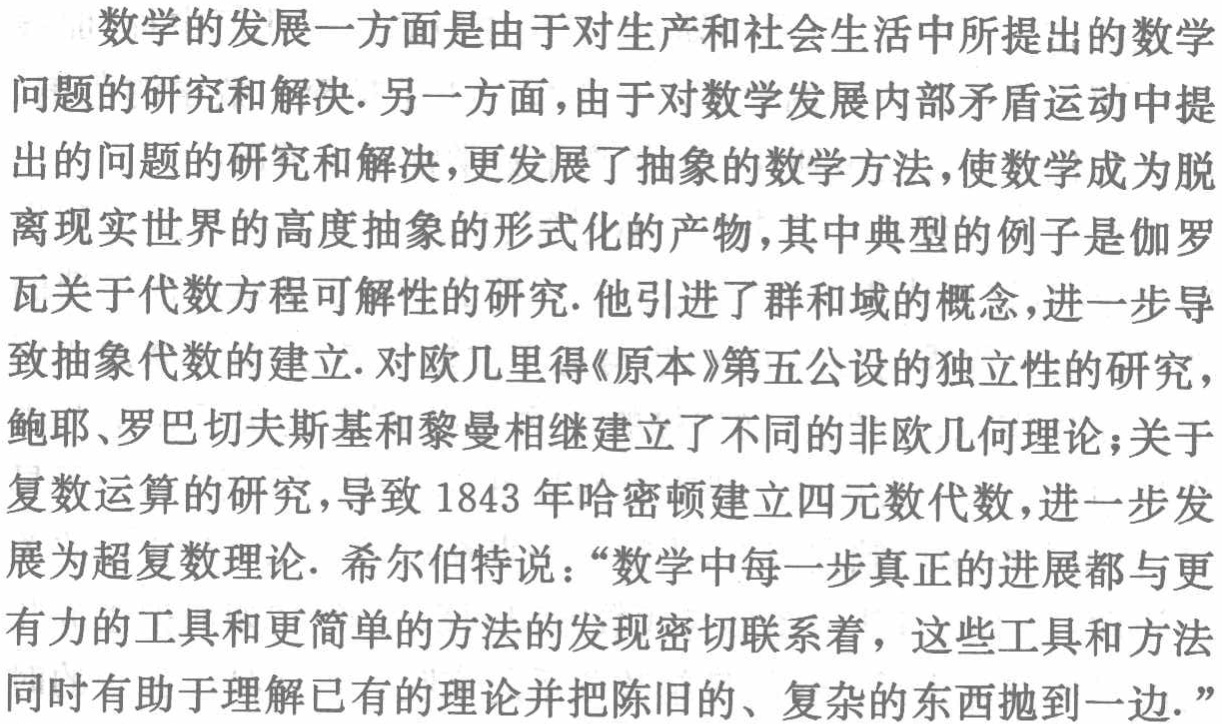
数学的发展一方面是由于对生产和社会生活中所提出的数学问题的研究和解决. 另一方面，由于对数学发展内部矛盾运动中提出的问题的研究和解决，更发展了抽象的数学方法，使数学成为脱离现实世界的高度抽象的形式化的产物，其中典型的例子是伽罗瓦关于代数方程可解性的研究. 他引进了群和域的概念，进一步导致抽象代数的建立. 对欧几里得《原本》第五公设的独立性的研究，鲍耶、罗巴切夫斯基和黎曼相继建立了不同的非欧几何理论；关于复数运算的研究，导致 1843 年哈密顿建立四元数代数，进一步发展为超复数理论. 希尔伯特说：“数学中每一步真正的进展都与更有力的工具和更简单的方法的发现密切联系着，这些工具和方法同时有助于理解已有的理论并把陈旧的、复杂的东西抛到一边.”